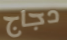
دجاج